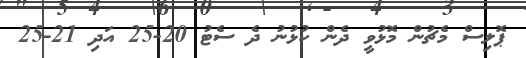
ޕޮލިސް މެޗުން މޮޅުވީ ދެން ކުޅުނު ދެ ސެޓު 20-25 އަދި 21-25